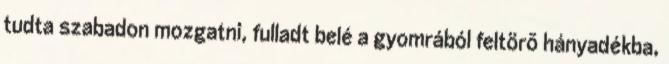
tudta szabadon mozgatni, fulladt belé a gyomrából feltörõ hányadékba,